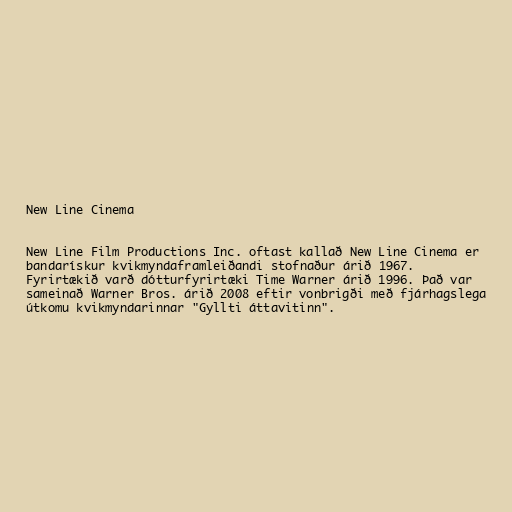
New Line Cinema

New Line Film Productions Inc. oftast kallað New Line Cinema er
bandarískur kvikmyndaframleiðandi stofnaður árið 1967.
Fyrirtækið varð dótturfyrirtæki Time Warner árið 1996. Það var
sameinað Warner Bros. árið 2008 eftir vonbrigði með fjárhagslega
útkomu kvikmyndarinnar "Gyllti áttavitinn".